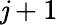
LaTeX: \mathit{j}+1